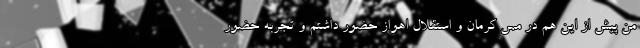
من پیش از این هم در مس کرمان و استقلال اهواز حضور داشتم و تجربه حضور